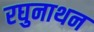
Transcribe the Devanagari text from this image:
रघुनाथन